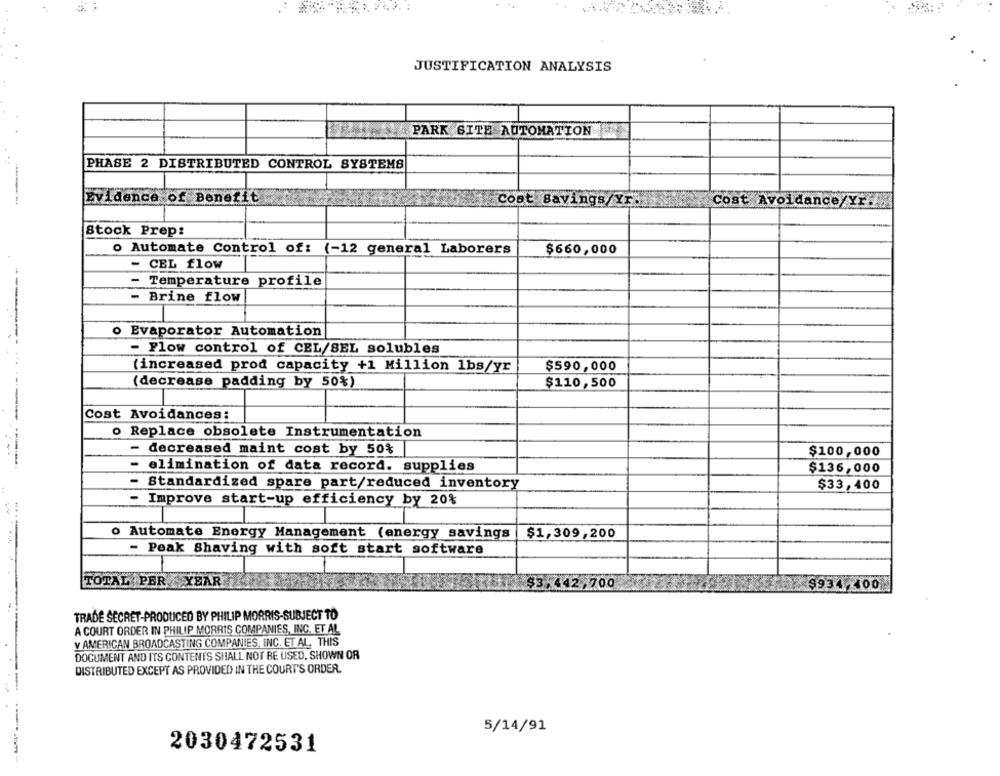
JUSTIFICATION ANALYSIS
PARK GITE AUTOMATION
PHASE 2 DISTRIBUTED CONTROL SYSTEMS
Evidence of Benefit
Cost savings/Yr.
Cost Avoidance/Yr.
Stock Prep:
o Automate Control of: (-12 general Laborers
$660,000
- CEL flow
- Temperature profile
- Brine flow
o Evaporator Automation
- Flow control of CEL/SEL solubles
(increased prod capacity +1 Million lbs/yr
$590,000
(decrease padding by 50%)
$110,500
Cost Avoidances:
o Replace obsolete Instrumentation
- decreased maint cost by 50%
$100,000
- elimination of data record. supplies
$136,000
- Standardized spare part/reduced inventory
$33,400
- Improve start-up efficiency by 20%
o Automate Energy Management (energy savings
$1,309,200
- Peak Shaving with soft start software
TOTAL PER YEAR
$3,442,700
$934400
TRADE SECRET-PRODUCED BY PHILIP MORRIS-SUBJECT TO
A COURT ORDER IN PHILIP MORRIS COMPANIES, INC. ET AL
Y AMERICAN BROADCASTING COMPANIES, INC. ET AL. THIS
DOCUMENT AND ITS CONTENTS SHALL NOT BE USED, SHOWN OR
DISTRIBUTED EXCEPT AS PROVIDED IN THE COURT'S ORDER.
5/14/91
2030472531
-----